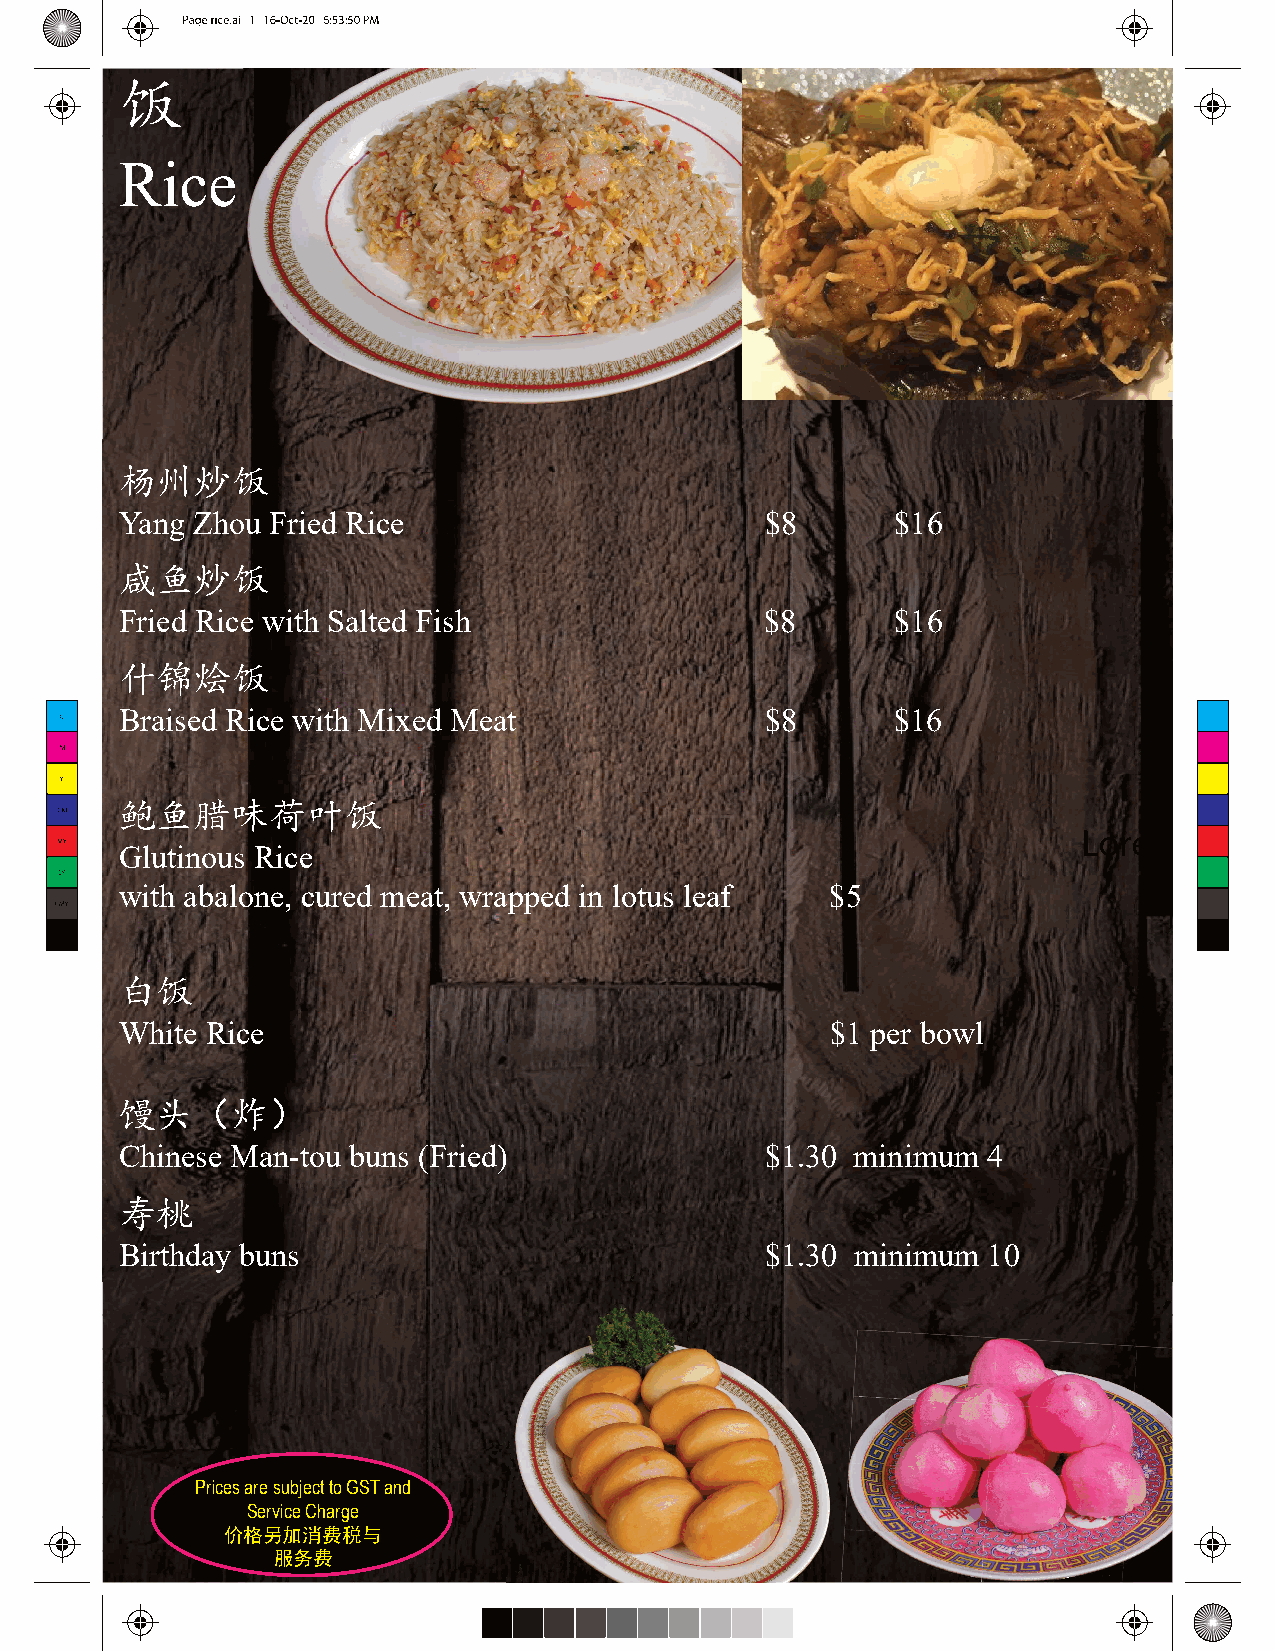
饭
 Rice
 杨州炒饭
 Yang Zhou Fried Rice                       $8      $16
 咸鱼炒饭
 Fried Rice with Salted Fish                $8      $16
 什锦烩饭
 Braised Rice with Mixed Meat               $8      $16
 鲍鱼腊味荷叶饭
 Glutinous Rice
 with abalone, cured meat, wrapped in lotus leaf $5
 白饭
 White Rice                                     $1 per bowl
 馒头（炸）
 Chinese Man-tou buns (Fried)               $1.30 minimum 4
 寿桃
 Birthday buns                              $1.30 minimum 10
 Prices are subject to GST and
 Service Charge
 价格另加消费税与
 服务费